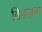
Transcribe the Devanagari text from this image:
विनसाम